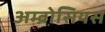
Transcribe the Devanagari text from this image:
अम्ब्रोसियस